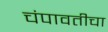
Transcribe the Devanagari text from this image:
चंपावतीचा